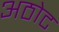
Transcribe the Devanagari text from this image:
अठोट